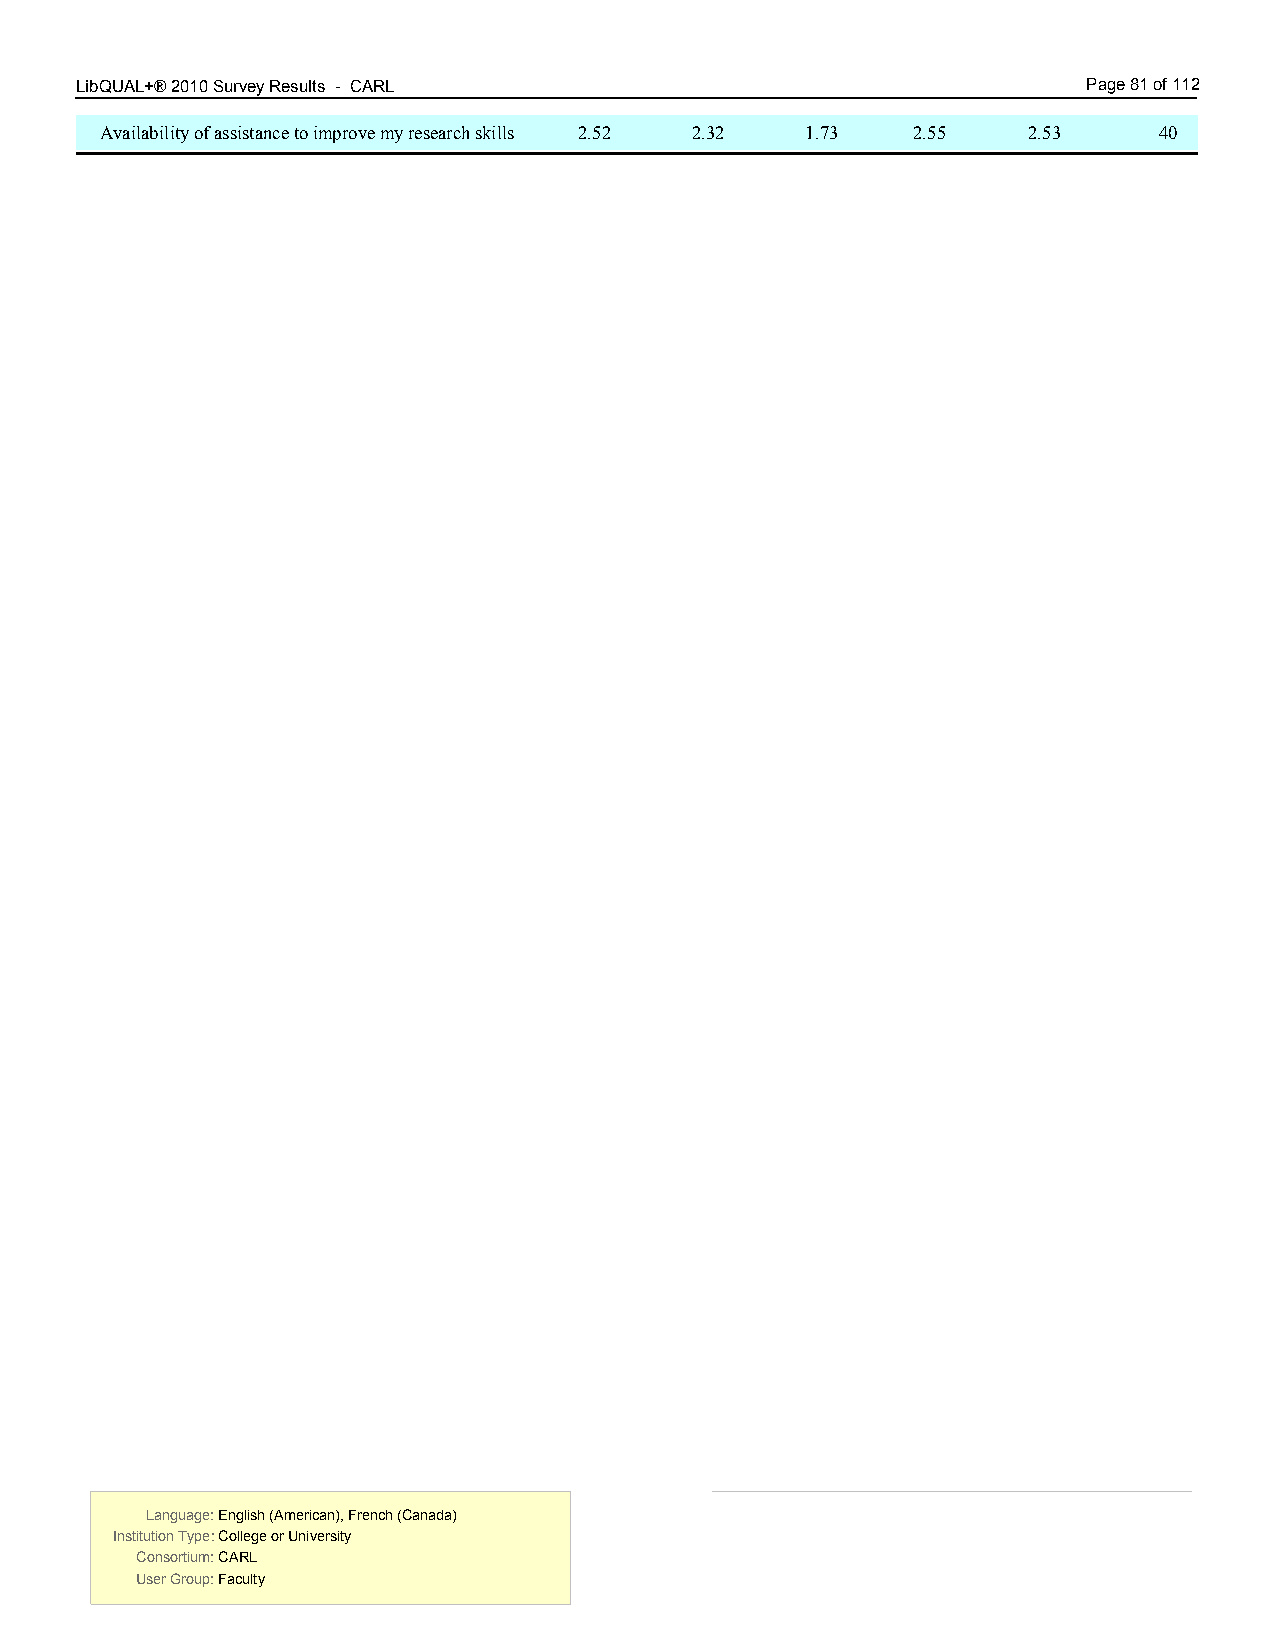
LibQUAL+® 2010 Survey Results - CARL 6.00                          Page 81 of 112
 Availability of assistance to improve my research skills 2.52 2.32 1.73 2.55 2.53 40
 Language: English (American), French (Canada) Language: English (American), French (Canada)
 Institution Type: College or University  Institution Type: College or University
 Consortium: CARL                         Consortium: CARL
 User Group: Faculty                      User Group: Faculty